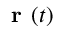
\textbf { r } ( t )